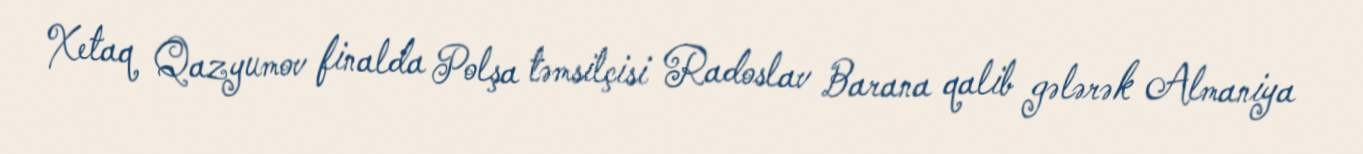
Xetaq Qazyumov finalda Polşa təmsilçisi Radoslav Barana qalib gələrək Almaniya